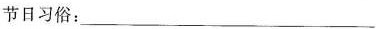
节日习俗：___